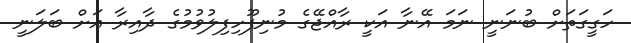
ހަގީގަތަށް ބުނަނީ ނަމަ އޭނާ އަކީ ރާއްޖޭގެ މުނިފޫހިފިލުވުމުގެ ދާއިރާ އަށް ބަލަނީ